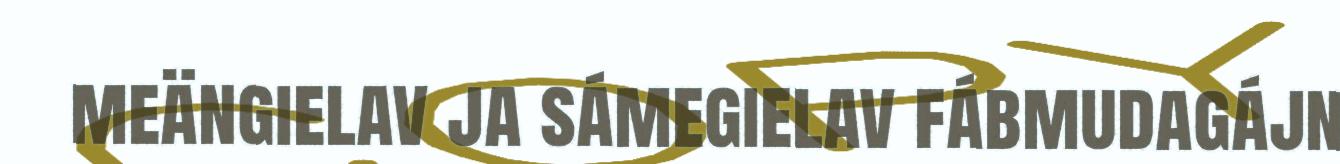
meängielav ja sámegielav fábmudagájn